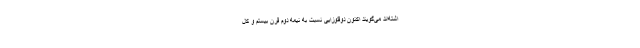
اشته‌اند می‌گویند اکنون دوقلوزایی نسبت به نیمه دوم قرن بیستم و کل